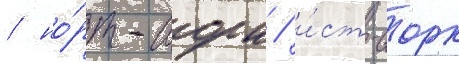
/ но́рт-иорк / и́ст-иорк